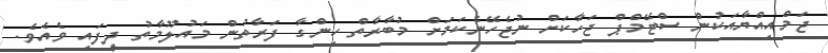
ޖަމްއިއްޔާއަކުން ސްޓޭމްޕް ޖަހާކަށް ނުޖެހޭނެކަމަށް މުބާރާތް ހިންގާ ފަރާތުން މައުލޫމާތު ދީފައި ވެއެވެ.